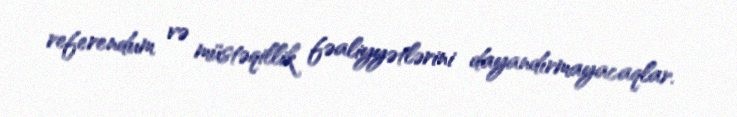
referendum və müstəqillik fəaliyyətlərini dayandırmayacaqlar.